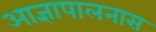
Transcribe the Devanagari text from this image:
आज्ञापालनास